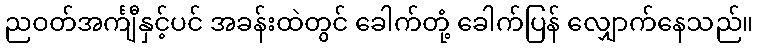
ညဝတ်အင်္ကျီနှင့်ပင် အခန်းထဲတွင် ခေါက်တုံ့ ခေါက်ပြန် လျှောက်နေသည်။